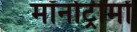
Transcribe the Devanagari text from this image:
मॉनोट्रीमों